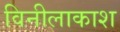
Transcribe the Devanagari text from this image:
विनीलाकाश